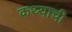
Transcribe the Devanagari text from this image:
कथ्याची